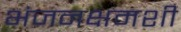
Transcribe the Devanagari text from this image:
भंजनक्षमशी